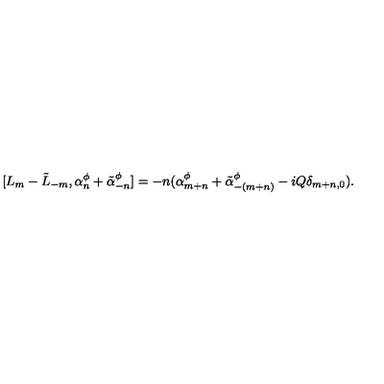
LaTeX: [ L _ { m } - \tilde { L } _ { - m } , \alpha _ { n } ^ { \phi } + \tilde { \alpha } _ { - n } ^ { \phi } ] = - n ( \alpha _ { m + n } ^ { \phi } + \tilde { \alpha } _ { - ( m + n ) } ^ { \phi } - i Q \delta _ { m + n , 0 } ) .